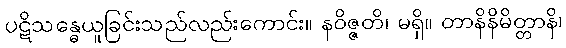
ပဋိသန္ဓေယူခြင်းသည်လည်းကောင်း။ နဝိဇ္ဇတိ၊ မရှိ။ တာနိနိမိတ္တာနိ၊